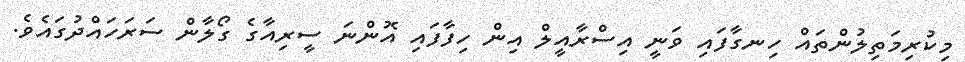
މިކުރިމަތިލުންތައް ހިނގާފައި ވަނީ އިސްރާއީލް އިން ހިފާފައި އޮންނަ ސީރިއާގެ ގޯލާން ސަރަހައްދުގައެވެ.